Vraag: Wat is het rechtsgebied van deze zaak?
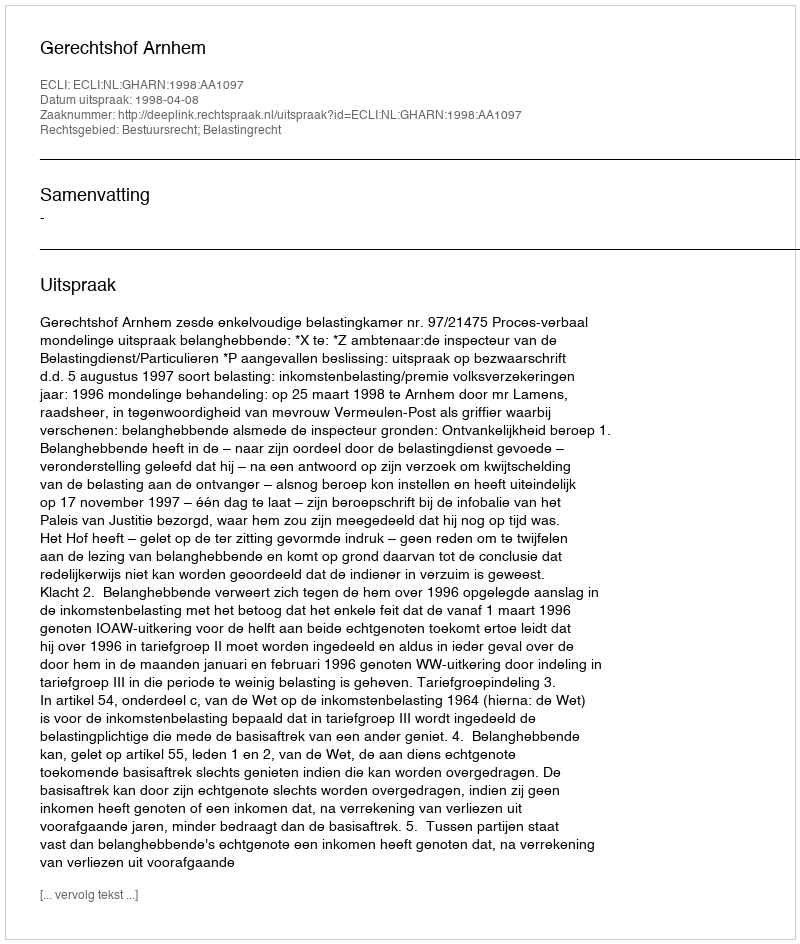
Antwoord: Bestuursrecht; Belastingrecht